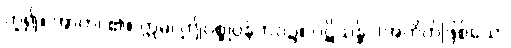
ဟူ၍။ အာဟ၊ ၏။ ဣဓ၊ ဤပစ္စုပ္ပန်ဘဝ၌။ ပဋိသန္ဓိ၊ (အတိတ်ဖြစ်သော